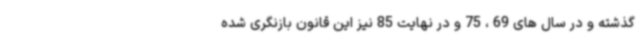
گذشته و در سال های 69 ، 75 و در نهایت 85 نیز این قانون بازنگری شده